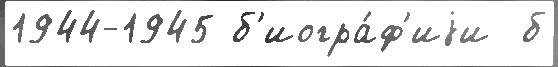
1944-1945 б'иогра́ф'иjи  б